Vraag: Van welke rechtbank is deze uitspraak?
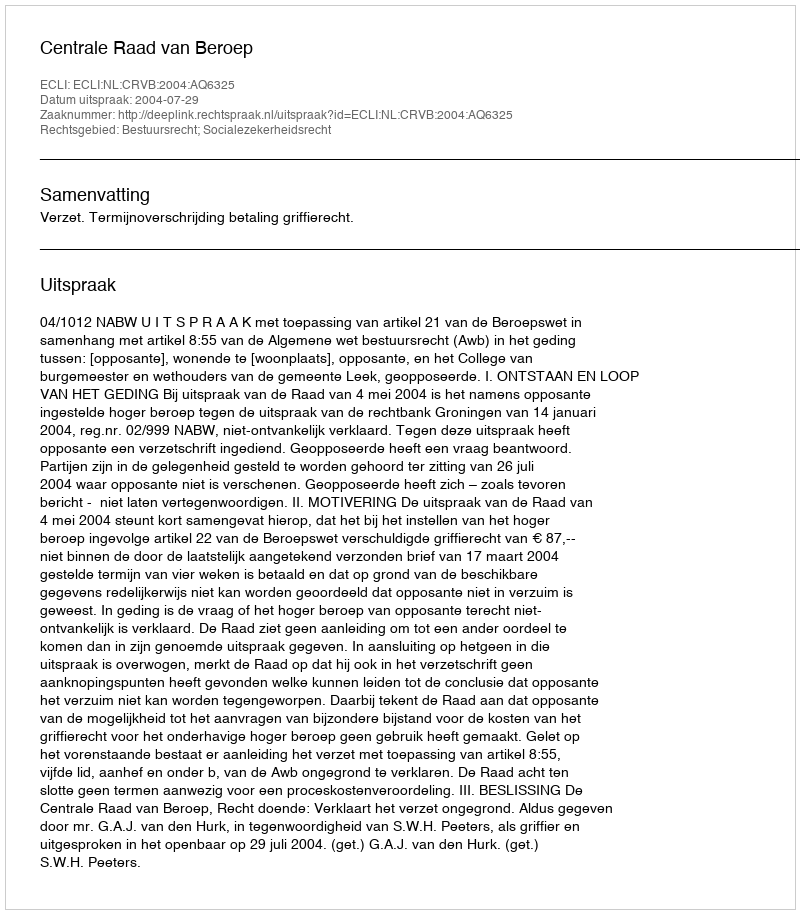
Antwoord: Centrale Raad van Beroep